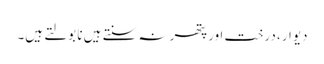
دیوار، درخت اور پتھر نہ سنتے ہیں نا بولتے ہیں۔